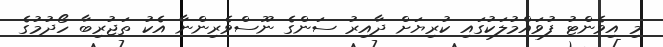
މި އިވެންޓު ފުވައްމުލަކުގައި ކުރިޔަށް ދާއިރު ސަންގެ ނޫސްވެރިންނާ އެކު ތަޖުރިބާ ހޯދުމުގެ